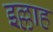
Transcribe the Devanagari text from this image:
इल्लाह